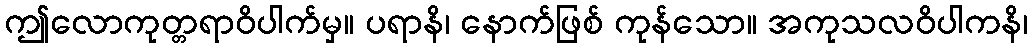
ဤလောကုတ္တရာဝိပါက်မှ။ ပရာနိ၊ နောက်ဖြစ် ကုန်သော။ အကုသလဝိပါကနိ၊